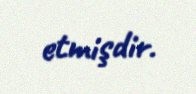
etmişdir.